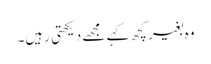
وہ بغیر کچھ کہے مجھے دیکھتی رہیں‌۔